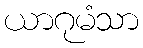
ယာဂုမံသာ